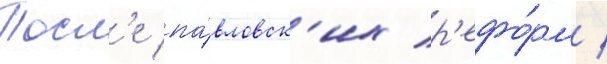
Посл'е па́вловск'их р'ефо́рм /